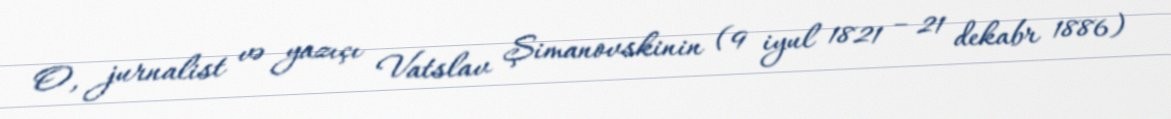
O, jurnalist və yazıçı Vatslav Şimanovskinin (9 iyul 1821 – 21 dekabr 1886)